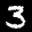
Digit: 3